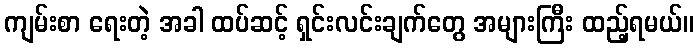
ကျမ်းစာ ရေးတဲ့ အခါ ထပ်ဆင့် ရှင်းလင်းချက်တွေ အများကြီး ထည့်ရမယ်။